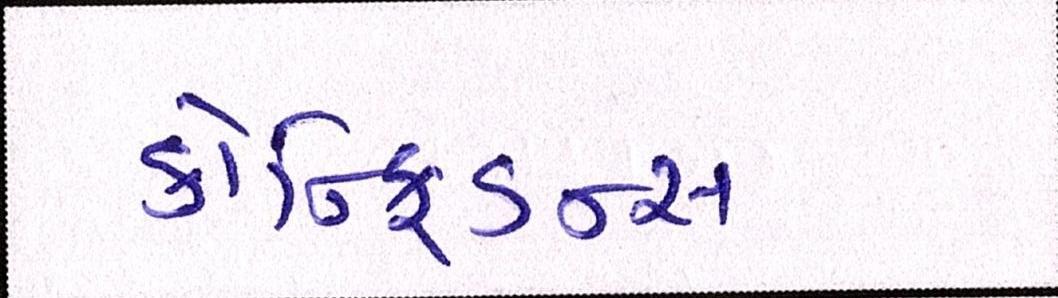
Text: કોન્ફિડન્સ